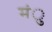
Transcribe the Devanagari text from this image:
मंु